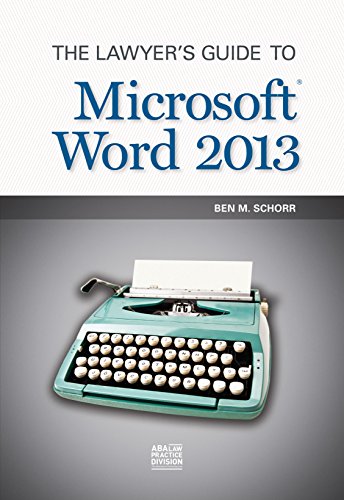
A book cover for The Lawyer's Guide to Microsoft Word 2013; Ben M. Schorr; Computers & Technology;